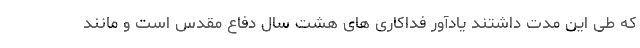
که طی این مدت داشتند یادآور فداکاری های هشت سال دفاع مقدس است و مانند